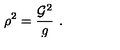
\rho ^ { 2 } = \frac { { \cal G } ^ { 2 } } { g } \ .